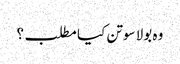
وہ بولا سوتن کیا مطلب؟